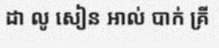
ដា លូ សៀន អាល់ បាក់ គ្រី